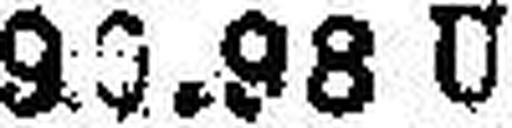
93.98 U